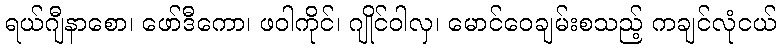
ရယ်ဂျီနာစော၊ ဖော်ဒီကော၊ ဖဝါကိုင်၊ ဂျိုင်ဝါလှ၊ မောင်ဝေချမ်းစသည့် ကချင်လုံငယ်